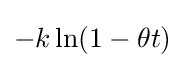
-k\ln(1-\theta t)